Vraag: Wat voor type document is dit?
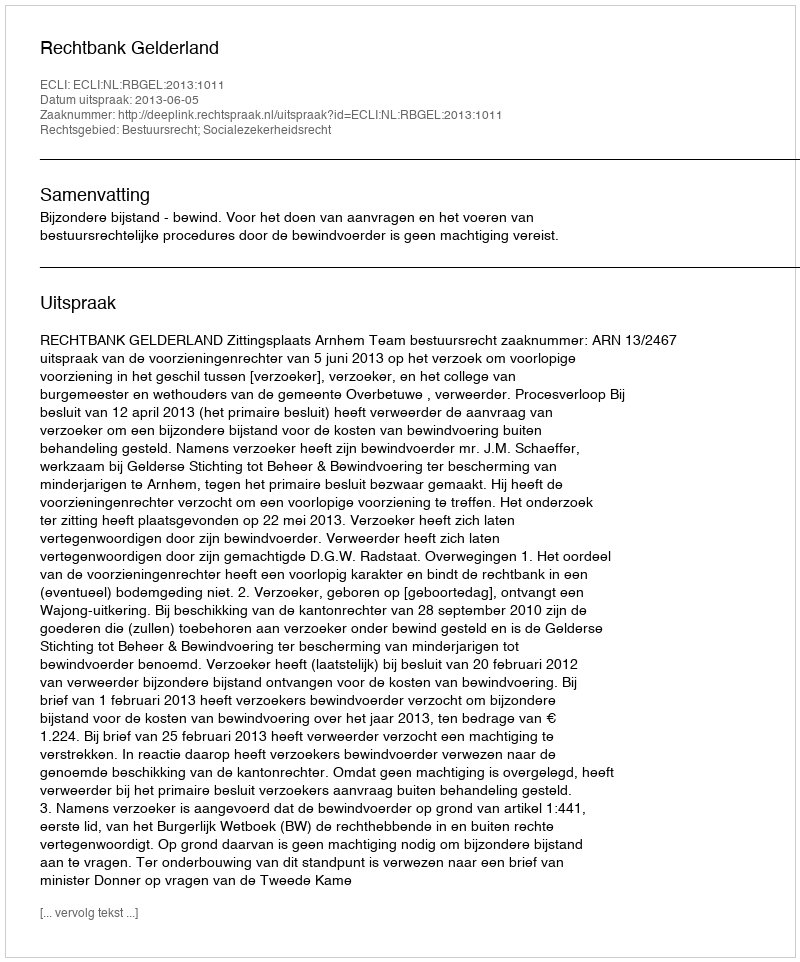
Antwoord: Uitspraak